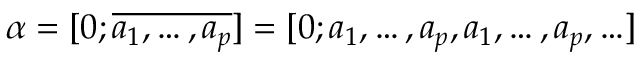
\alpha = [ 0 ; \overline { { a _ { 1 } , \ldots , a _ { p } } } ] = [ 0 ; a _ { 1 } , \ldots , a _ { p } , a _ { 1 } , \ldots , a _ { p } , \ldots ]